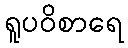
ရူပဝိစာရေ